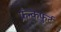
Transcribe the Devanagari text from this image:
फ्रँन्कफुर्ट